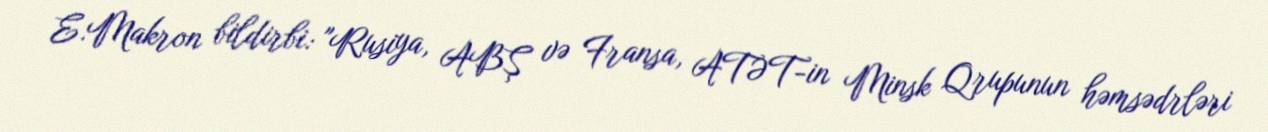
E.Makron bildirbi: "Rusiya, ABŞ və Fransa, ATƏT-in Minsk Qrupunun həmsədrləri